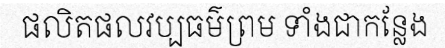
ផលិតផលវប្បធម៌ព្រម ទាំងជាកន្លែង